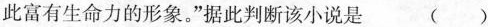
此富有生命力的形象。”据此判断该小说是 ( )